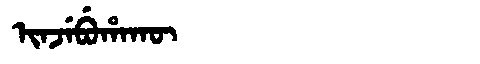
Manchu: ᡳᠨᠵᡝᠪᡠᡥᠠᡴᡡ
Romanization: INJEBUHAKŪ